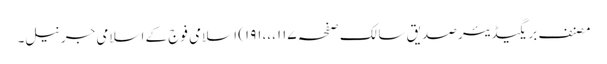
مصنف بریگیڈیئر صدیق سالک صفحہ ۱۱۷،،،۱۹۱) اسلامی فوج کے اسلامی جرنیل۔